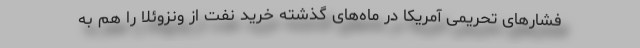
فشارهای تحریمی آمریکا در ماه‌های گذشته خرید نفت از ونزوئلا را هم به